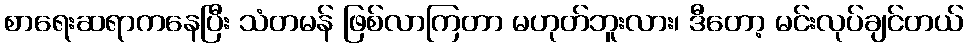
စာရေးဆရာကနေပြီး သံတမန် ဖြစ်လာကြတာ မဟုတ်ဘူးလား၊ ဒီတော့ မင်းလုပ်ချင်တယ်